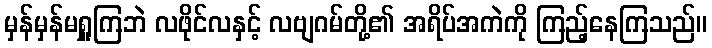
မှန်မှန်မရှူကြဘဲ လဖိုင်လနှင့် လဗျဂမ်တို့၏ အရိပ်အကဲကို ကြည့်နေကြသည်။